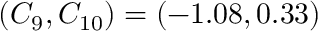
( C _ { 9 } , C _ { 1 0 } ) = ( - 1 . 0 8 , 0 . 3 3 )